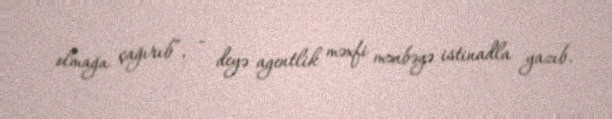
olmağa çağırıb”, - deyə agentlik məxfi mənbəyə istinadla yazıb.